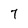
Character: 7